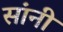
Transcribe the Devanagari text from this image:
सांनी